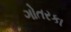
ગોતરકા